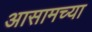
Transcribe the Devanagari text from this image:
अासामच्या